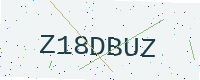
Text: Z18DBUZ